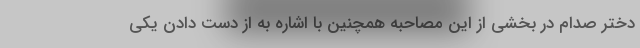
دختر صدام در بخشی از این مصاحبه همچنین با اشاره به از دست دادن یکی